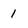
Character: 1